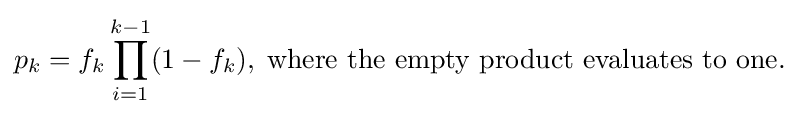
p_{k}=f_{k}\prod _{i=1}^{k-1}(1-f_{k}),\;{\text{where the empty product evaluates to one.}}